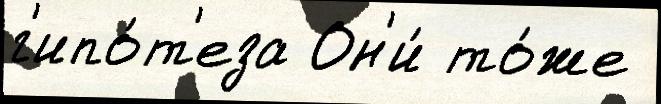
г'ипо́т'еза Он'и́ то́же